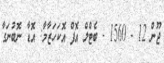
ޖޫން 12 - 1560 - ބެޓްލް އޮފް އޮކަހަޒާމާ: އޮޑާ ނޮބުނަގާ